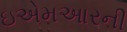
ઇએમઆરની